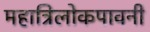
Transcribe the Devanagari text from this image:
महात्रिलोकपावनी